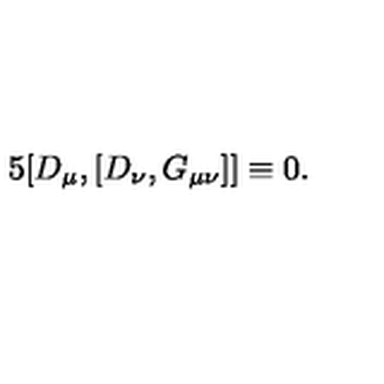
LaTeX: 5 [ D _ { \mu } , [ D _ { \nu } , G _ { \mu \nu } ] ] \equiv 0 .